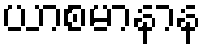
ယာစမာနာန